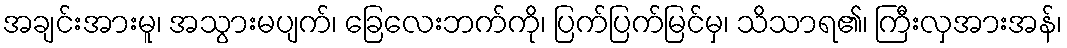
အချင်းအားမူ၊ အသွားမပျက်၊ ခြေလေးဘက်ကို၊ ပြက်ပြက်မြင်မှ၊ သိသာရ၏၊ ကြီးလှအားအန်၊